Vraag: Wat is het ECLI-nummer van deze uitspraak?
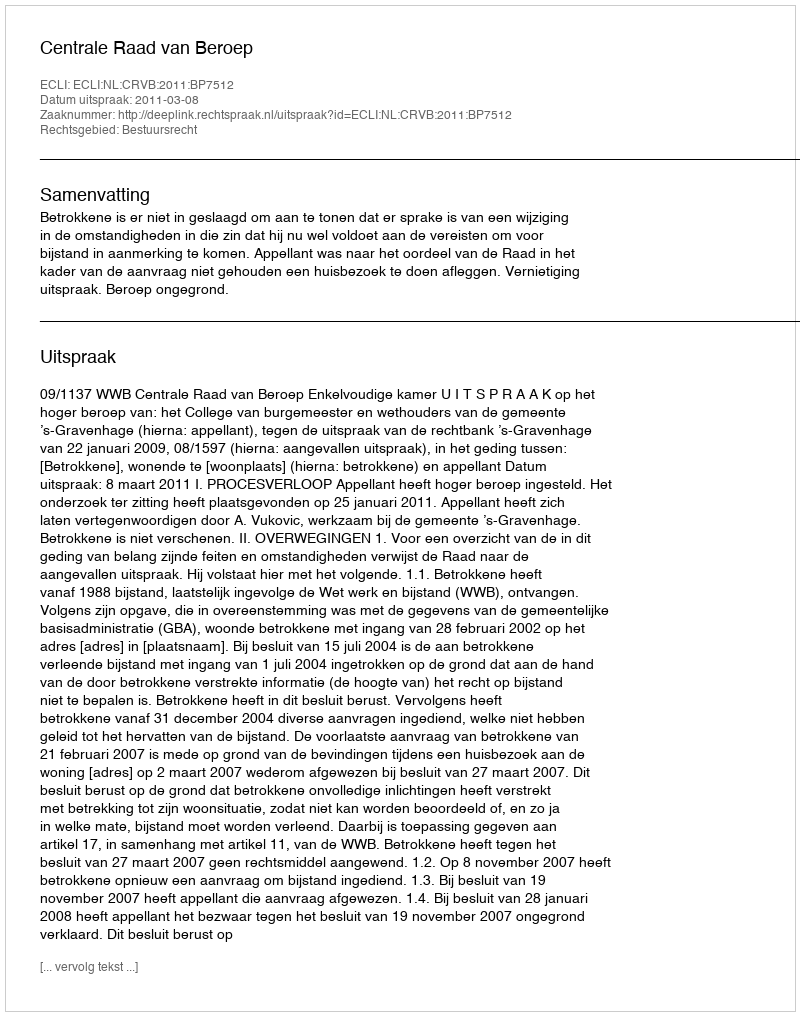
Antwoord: ECLI:NL:CRVB:2011:BP7512